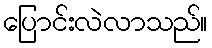
ပြောင်းလဲလာသည်။